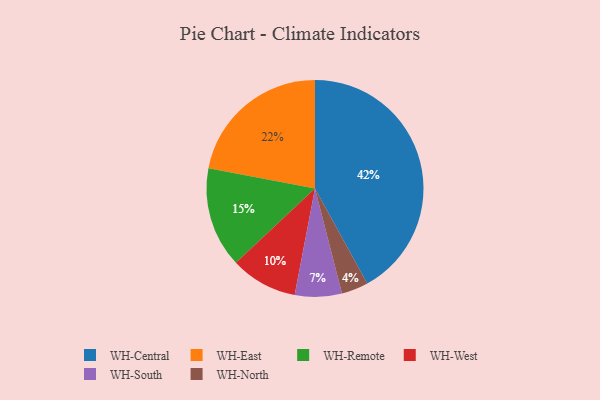
{"axis": {"x": "Category", "y": "Percentage"}, "legend": ["WH-Central", "WH-East", "WH-North", "WH-Remote", "WH-South", "WH-West"], "data": [{"x": "WH-South", "y": 7, "type": "WH-South"}, {"x": "WH-East", "y": 22, "type": "WH-East"}, {"x": "WH-West", "y": 10, "type": "WH-West"}, {"x": "WH-Remote", "y": 15, "type": "WH-Remote"}, {"x": "WH-Central", "y": 42, "type": "WH-Central"}, {"x": "WH-North", "y": 4, "type": "WH-North"}]}